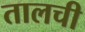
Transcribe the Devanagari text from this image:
तालची